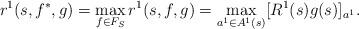
LaTeX: \begin{align*} r^1(s,f^*,g)=\max_{f\in F_S} r^1(s,f,g)= \max_{a^1\in A^1(s)} [R^1(s)g(s)]_{a^1}.\end{align*}